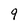
Character: 9